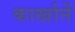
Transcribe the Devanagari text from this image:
कार्खानें